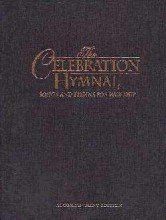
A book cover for The Celebration Hymnal, Accompaniment / Rhythm / Guitar Edition; Tom Fettke; Christian Books & Bibles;